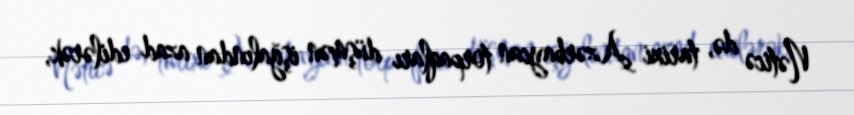
Nəticə də, tarixi Azərbaycan torpaqları düşmən işğalından azad edilərək,